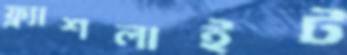
ফ্ল্যাশলাইট